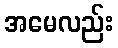
အမေလည်း